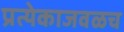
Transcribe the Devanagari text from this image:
प्रत्येकाजवळच